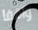
واقفا